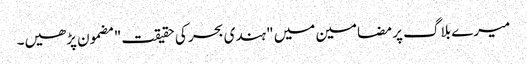
میرے بلاگ پر مضامین میں "ہندی بحر کی حقیقت" مضمون پڑھیں۔